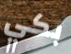
بكي